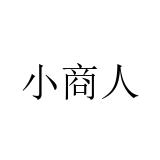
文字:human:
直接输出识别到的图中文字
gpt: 小商人